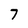
Character: 7